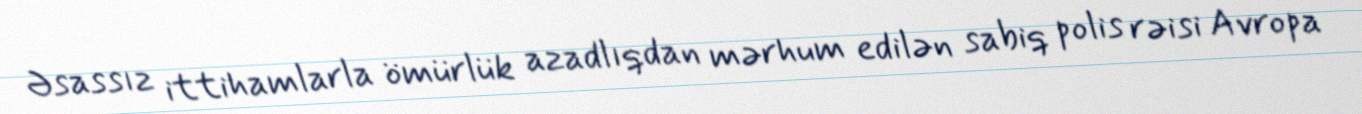
Əsassız ittihamlarla ömürlük azadlıqdan mərhum edilən sabiq polis rəisi Avropa